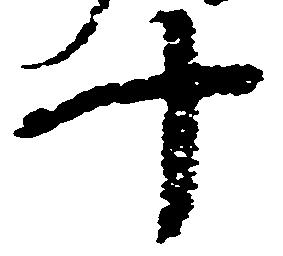
十